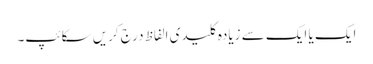
ایک یا ایک سے زیادہ کلیدی الفاظ درج کریں سکائپ۔